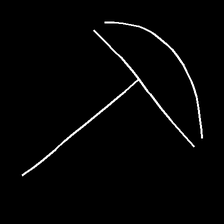
Glyph: dispersion